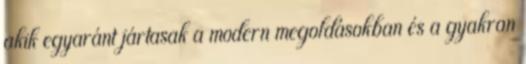
akik egyaránt jártasak a modern megoldásokban és a gyakran